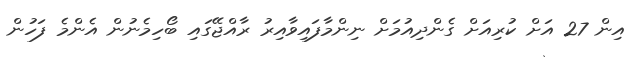
އިން 27 އަށް ކުރިއަށް ގެންދިއުމަށް ނިންމާފައިވާއިރު ރާއްޖޭގައި ބޯހިމެނުން އެންމެ ފަހުން